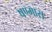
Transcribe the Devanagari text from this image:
षण्मास